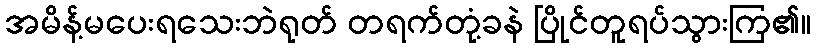
အမိန့်မပေးရသေးဘဲရုတ် တရက်တုံ့ခနဲ ပြိုင်တူရပ်သွားကြ၏။